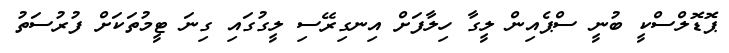
ޕޮޑޮލްސްކީ ބުނީ ސްޕެއިން ލީގާ ހިލާފަށް އިނގިރޭސި ލީގުގައި ގިނަ ޓީމުތަކަށް ފުރުސަތު